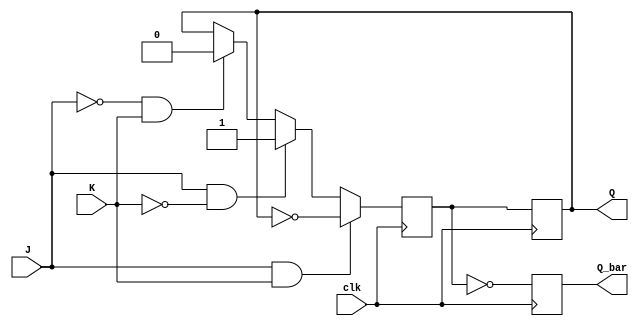
module neg_edge_jk_flipflop (
  input J,
  input K,
  input clk,
  output reg Q,
  output reg Q_bar
);

  reg Q_next;

  always @ (negedge clk) begin
    if (J & K) begin
      Q_next <= ~Q;
    end else if (J & ~K) begin
      Q_next <= 1;
    end else if (~J & K) begin
      Q_next <= 0;
    end else begin
      Q_next <= Q;
    end
  end

  always @ (posedge clk) begin
    Q <= Q_next;
    Q_bar <= ~Q_next;
  end

endmodule